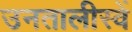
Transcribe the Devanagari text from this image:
उनतालीस्वें